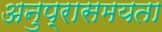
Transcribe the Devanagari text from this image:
अनुप्रासमयता